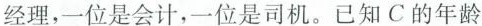
经理，一位是会计，一位是司机。已知C的年龄